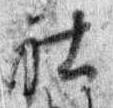
社